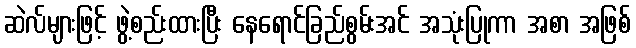
ဆဲလ်များဖြင့် ဖွဲ့စည်းထားပြီး နေရောင်ခြည်စွမ်းအင် အသုံးပြုကာ အစာ အဖြစ်